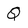
Character: Q